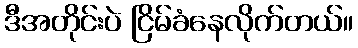
ဒီအတိုင်းပဲ ငြိမ်ခံနေလိုက်တယ်။